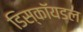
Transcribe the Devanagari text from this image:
डिस्कॉयडल